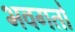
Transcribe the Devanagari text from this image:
भवगतो